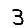
Digit: 3